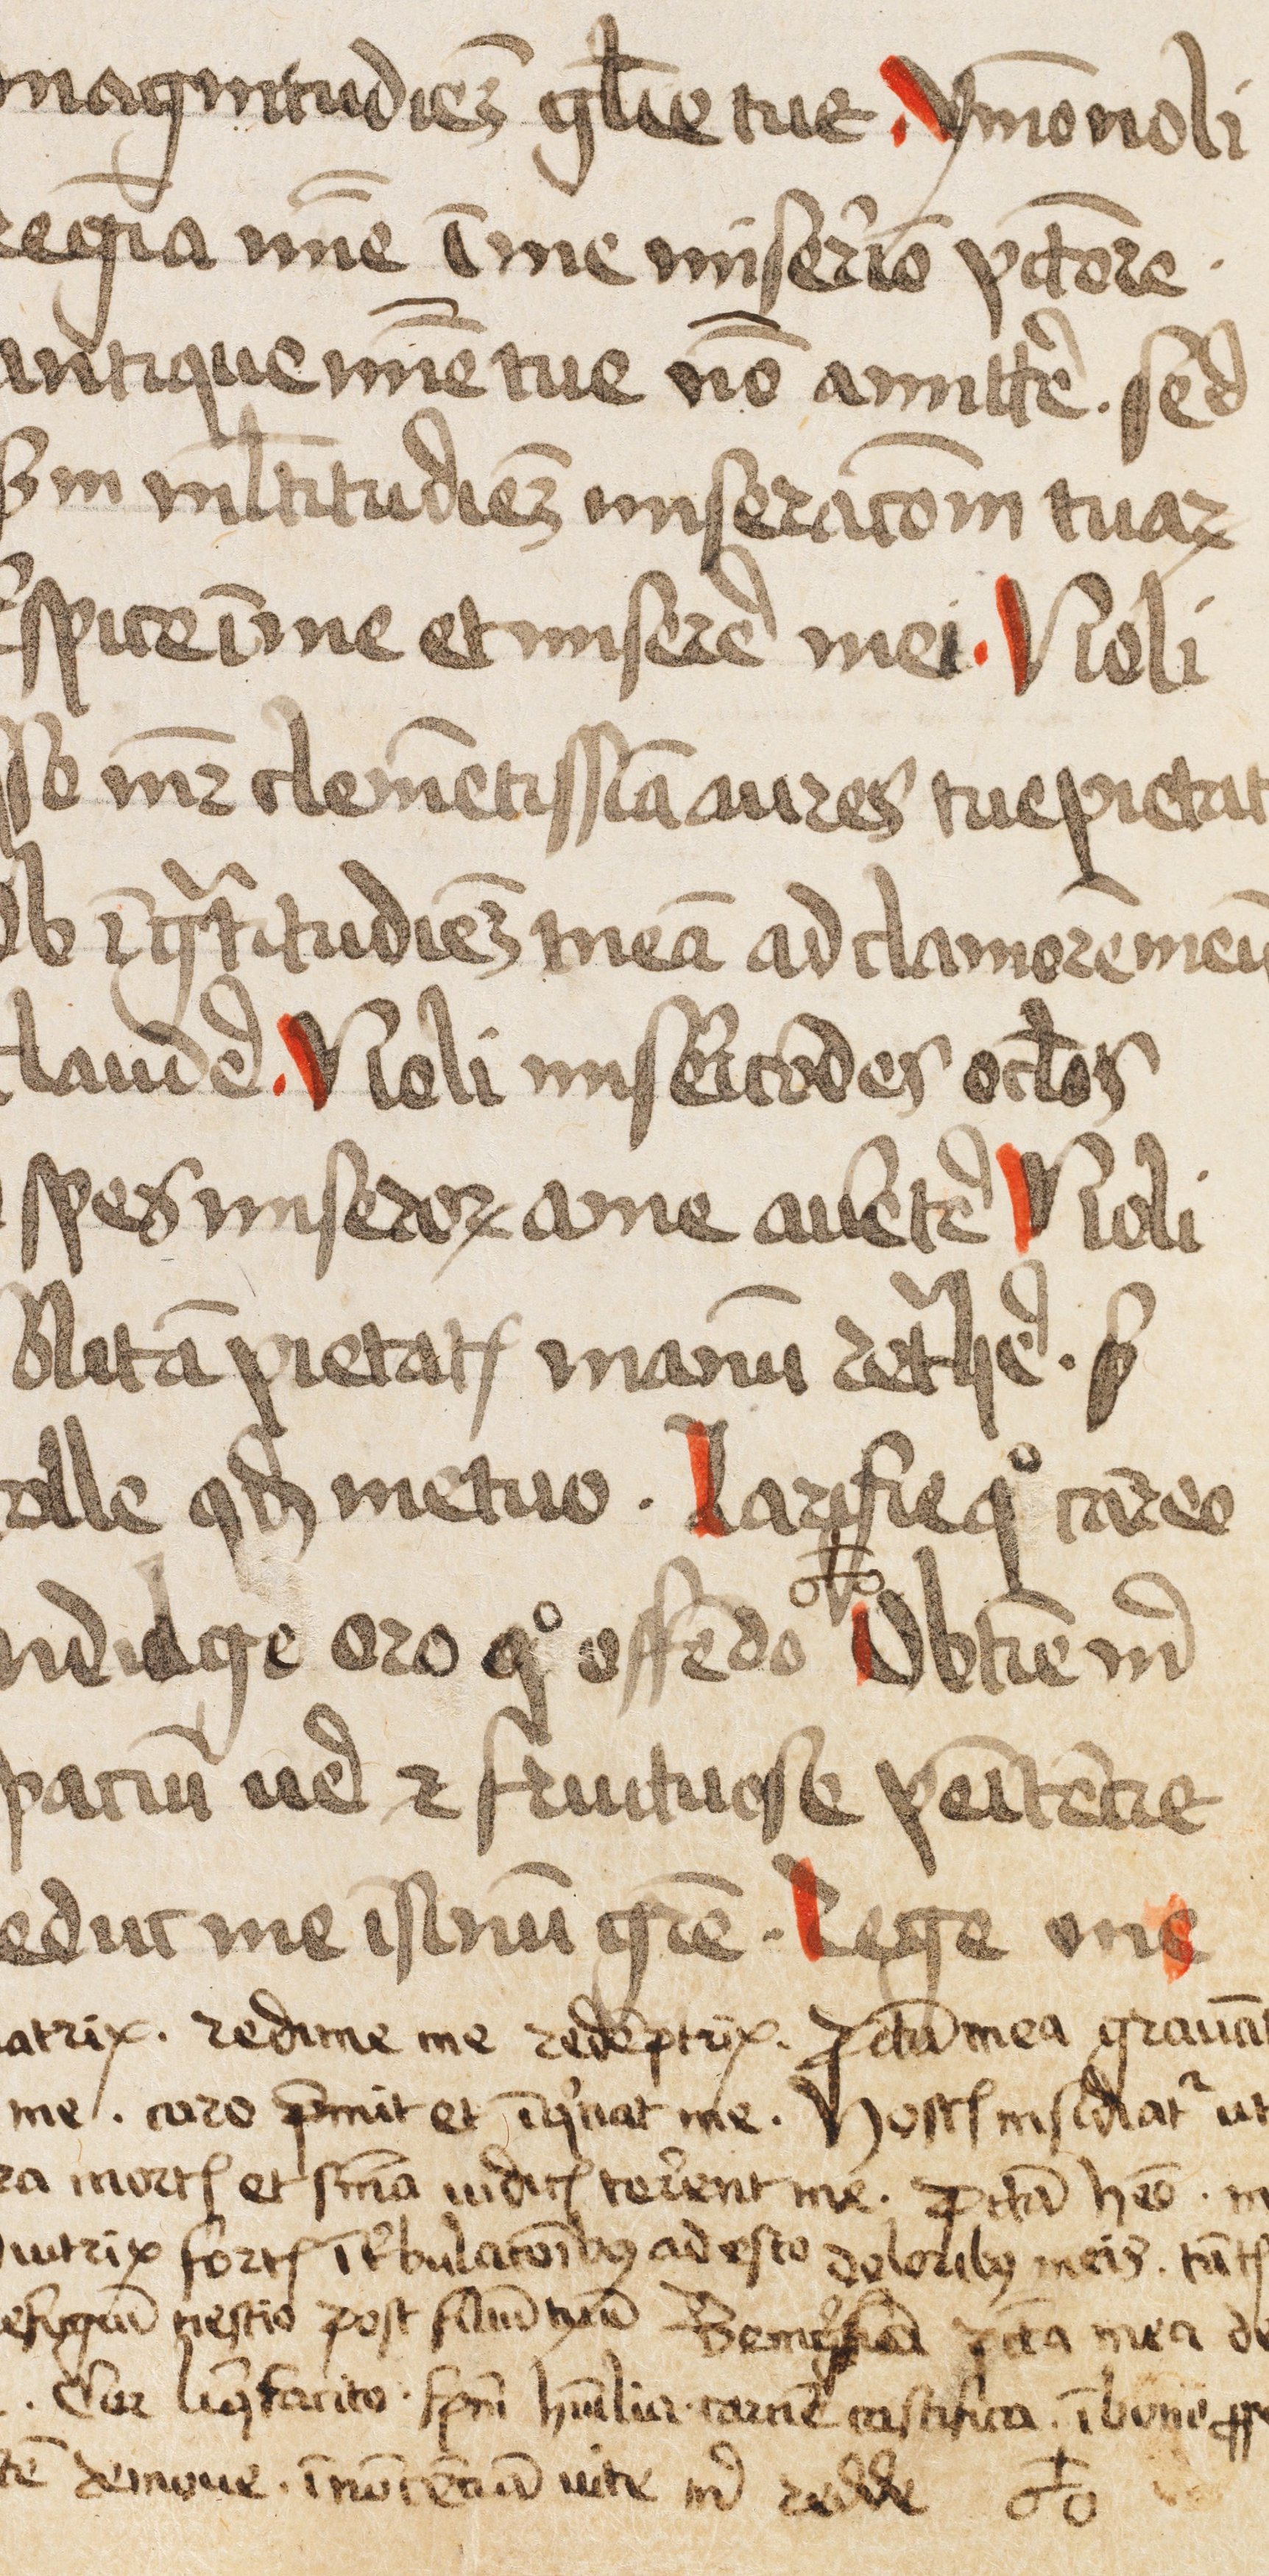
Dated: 1445–1499